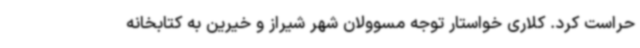
حراست کرد. کلاری خواستار توجه مسوولان شهر شیراز و خیرین به کتابخانه